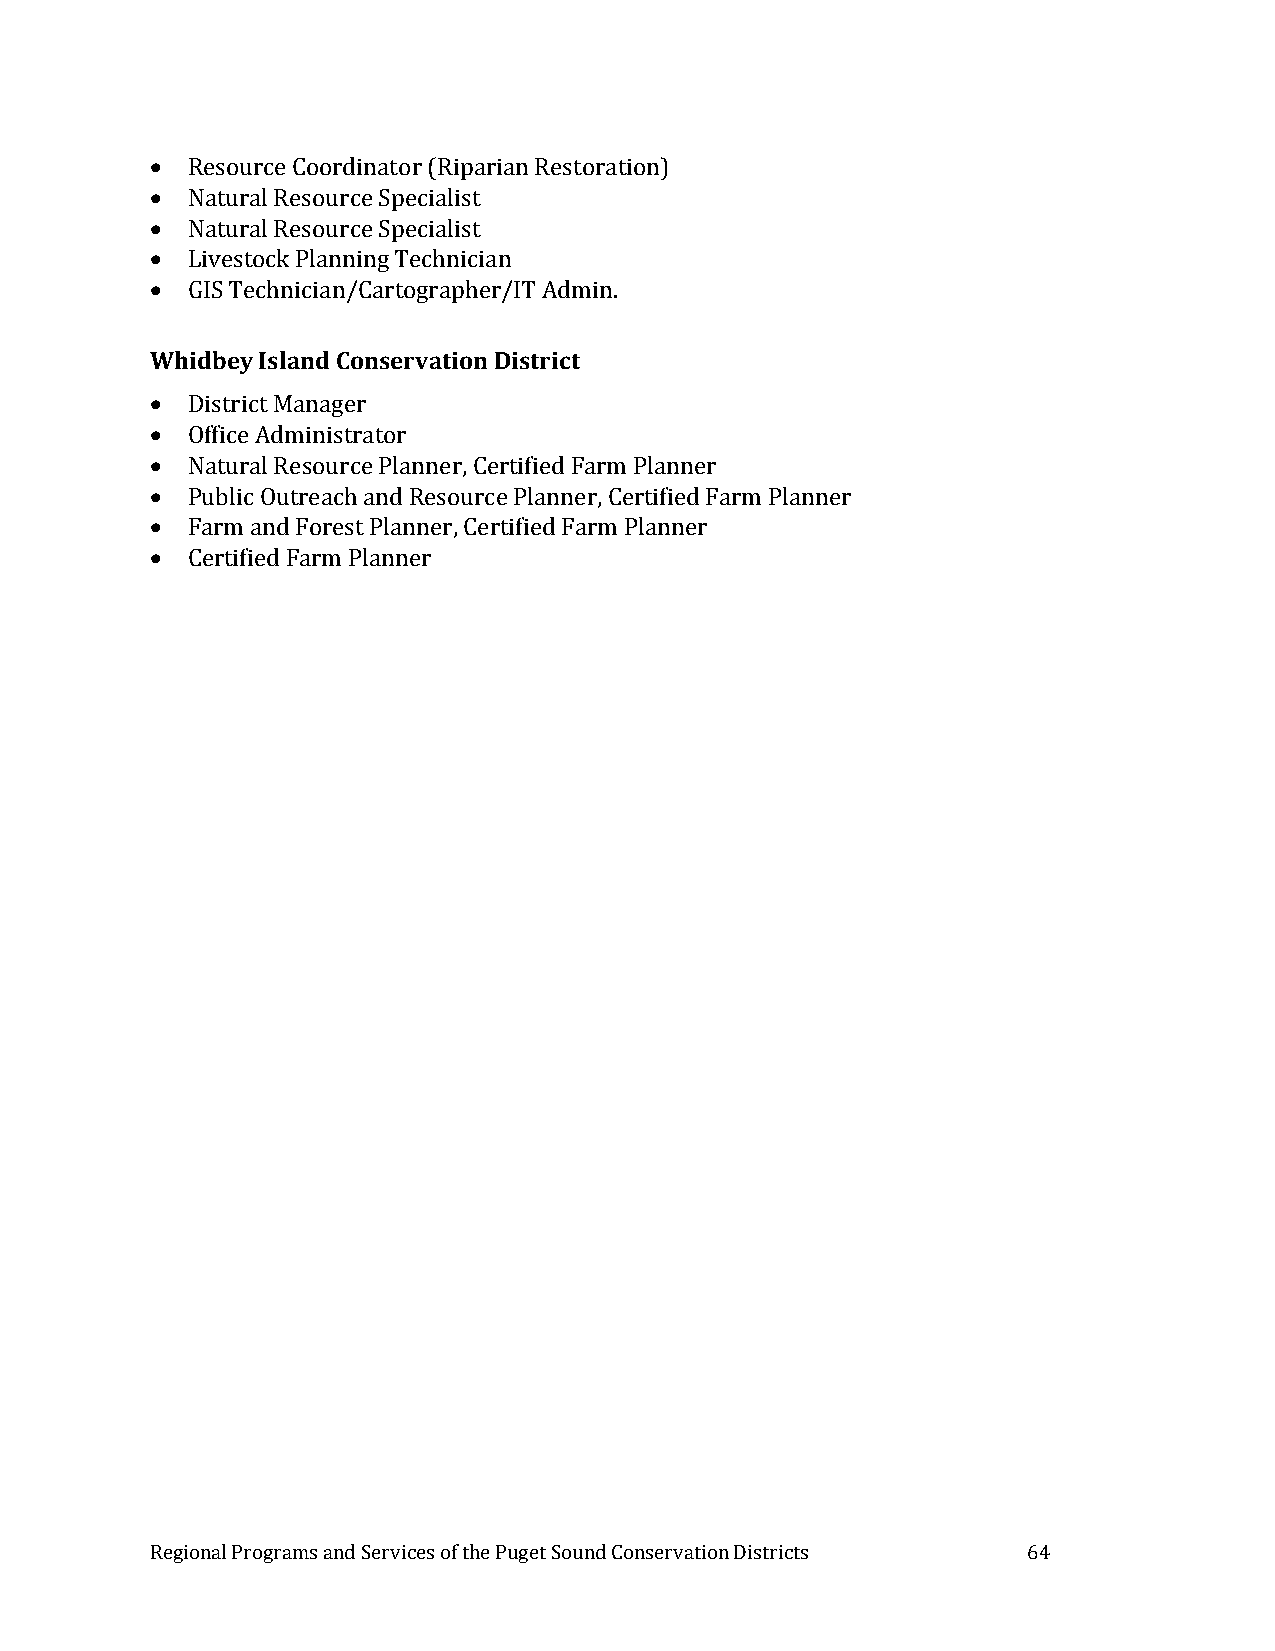
 Resource Coordinator (Riparian Restoration)
  Natural Resource Specialist
  Natural Resource Specialist
  Livestock Planning Technician
  GIS Technician/Cartographer/IT Admin.
 Whidbey Island Conservation District
  District Manager
  Office Administrator
  Natural Resource Planner, Certified Farm Planner
  Public Outreach and Resource Planner, Certified Farm Planner
  Farm and Forest Planner, Certified Farm Planner
  Certified Farm Planner
 Regional Programs and Services of the Puget Sound Conservation Districts 64